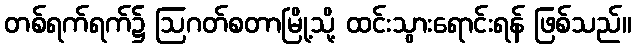
တစ်ရက်ရက်၌ ဩဂတ်စတာမြို့သို့ ထင်းသွားရောင်းရန် ဖြစ်သည်။